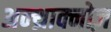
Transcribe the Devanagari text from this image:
अन्थ्राक्नोज़